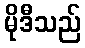
မိုဒီသည်